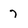
Character: 7